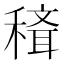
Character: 𥡒